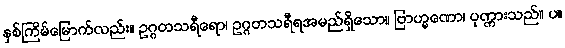
နှစ်ကြိမ်မြောက်လည်း။ ဥဂ္ဂတသရီရော၊ ဥဂ္ဂတသရီရအမည်ရှိသော။ ဗြာဟ္မဏော၊ ပုဏ္ဏားသည်။ ပ။